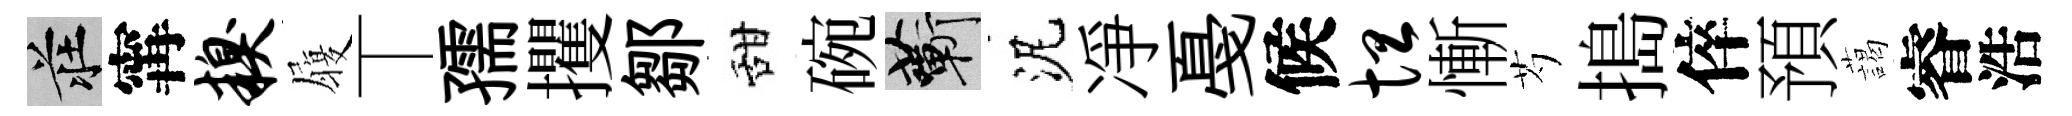
莊𡩋糗履丅孺攫鄒甜碗蔪泥凈戞候坦慚芍搗倅預藹睿浩